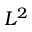
L ^ { 2 }